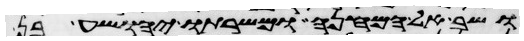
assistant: ושב אל המחנה ומשרתו יהושע בן